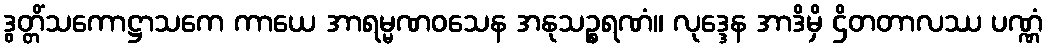
ဒွတ္တိံသကောဋ္ဌာသကေ ကာယေ အာရမ္မဏဝသေန အနုသဉ္စရဏံ။ လုဒ္ဒေန အာဒိမှိ ဌိတတာလဿ ပဏ္ဏံ